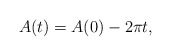
\begin{align*} A(t)=A(0)-2\pi t,\end{align*}